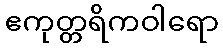
ဧကုတ္တရိကဝါရော